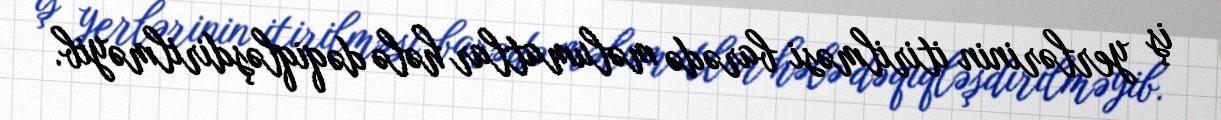
iş yerlərinin itirilməsi barədə məlumatlar hələ dəqiqləşdirilməyib.